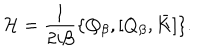
{ \cal H } = \frac { 1 } { 2 i \beta } \{ Q _ { \beta } , [ Q _ { \beta } , \bar { K } ] \} .